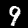
Label: 9